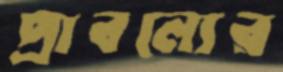
প্রাবল্যের